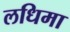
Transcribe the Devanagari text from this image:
लधिमा